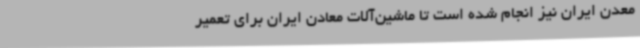
معدن ایران نیز انجام شده است تا ماشین‌آلات معادن ایران برای تعمیر